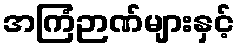
အကြံဉာဏ်များနှင့်